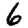
Digit: 6